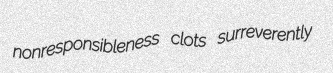
nonresponsibleness clots surreverently